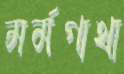
মর্মগাথা